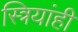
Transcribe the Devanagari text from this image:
स्त्रियांही